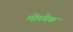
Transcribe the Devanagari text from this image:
मोरवेक